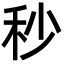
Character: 秒